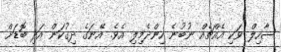
ސާހިލް ވަކި އެއްޗެއް ނުބުނެ ހިންދެމިލި އެވެ. އޭނަގެ ދިގުކަން އަދި ބޮޑަށް